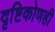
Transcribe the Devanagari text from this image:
दृष्टिकोणही